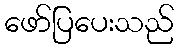
ဖော်ပြပေးသည်